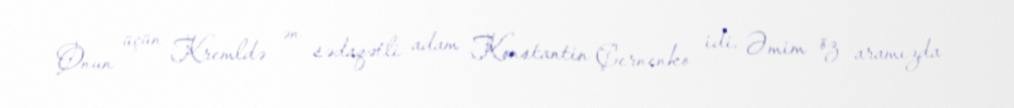
Onun üçün Kremldə ən sədaqətli adam Konstantin Çernenko idi. Əmim öz aramızda